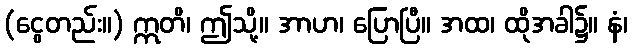
(ငွေတည်း။) ဣတိ၊ ဤသို့။ အာဟ၊ ပြောပြီ။ အထ၊ ထိုအခါ၌။ နံ၊